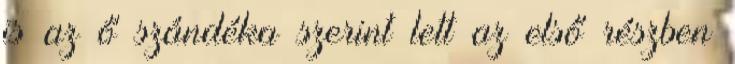
is az ő szándéka szerint lett az első részben